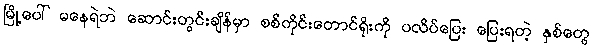
မြို့ပေါ် မနေရဲဘဲ ဆောင်းတွင်းချိန်မှာ စစ်ကိုင်းတောင်ရိုးကို ပလိပ်ပြေး ပြေးရတဲ့ နှစ်တွေ